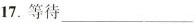
17.等待___